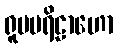
ရူပပရိဠာဟော